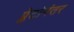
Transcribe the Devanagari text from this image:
प्लेटोनंतर